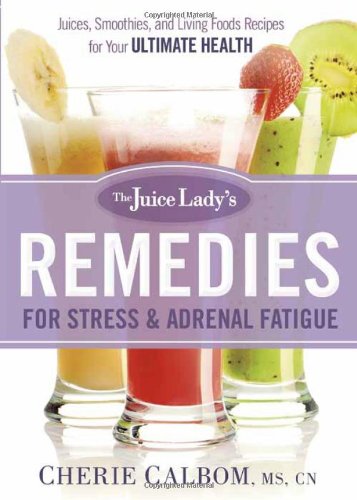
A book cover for The Juice Lady's Remedies for Stress and Adrenal Fatigue: Juices, Smoothies, and Living Foods Recipes for Your Ultimate Health; Cherie Calbom; Cookbooks, Food & Wine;